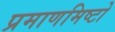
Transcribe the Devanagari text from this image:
प्रमाणमिष्टो